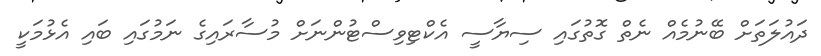
ދައުލަތަށް ބޭނުމެއް ނެތް ގޮތުގައި ސިޔާސީ އެކްޓިވިސްޓުންނަށް މުސާރައިގެ ނަމުގައި ބައި އެޅުމަކީ